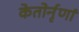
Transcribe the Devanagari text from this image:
केतोर्नृणां